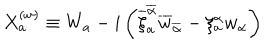
LaTeX: X _ { a } ^ { ( w ) } \equiv W _ { a } - i \left( \overline { { { \xi } } } _ { a } ^ { \overline { { { \alpha } } } } \overline { { { w } } } _ { \overline { { { \alpha } } } } - \xi _ { a } ^ { \alpha } w _ { \alpha } \right)